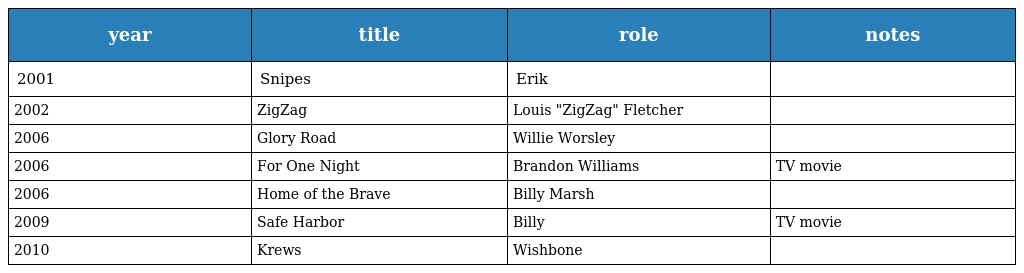
| year | title | role | notes |
 | --- | --- | --- | --- |
 | 2001 | Snipes | Erik |  |
 | 2002 | ZigZag | Louis "ZigZag" Fletcher |  |
 | 2006 | Glory Road | Willie Worsley |  |
 | 2006 | For One Night | Brandon Williams | TV movie |
 | 2006 | Home of the Brave | Billy Marsh |  |
 | 2009 | Safe Harbor | Billy | TV movie |
 | 2010 | Krews | Wishbone |  |